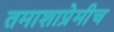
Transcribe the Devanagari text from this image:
तमाशाप्रेमीच